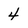
Character: 4